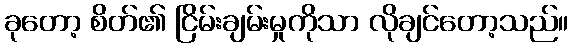
ခုတော့ စိတ်၏ ငြိမ်းချမ်းမှုကိုသာ လိုချင်တော့သည်။